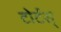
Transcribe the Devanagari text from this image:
टोर्टस्